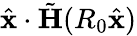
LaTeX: \hat{\mathbf{x}}\cdot\tilde{\mathbf H}(R_{0}\hat{\mathbf{x}})